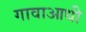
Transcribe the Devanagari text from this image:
गावाआधी